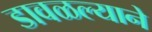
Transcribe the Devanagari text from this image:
डावळल्याने